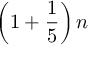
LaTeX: \left( 1 + { \frac { 1 } { 5 } } \right) n